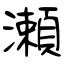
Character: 瀬